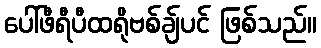
ပေါ်ဖီရီပီထရိုဗစ်ချ်ပင် ဖြစ်သည်။